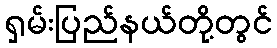
ရှမ်းပြည်နယ်တို့တွင်